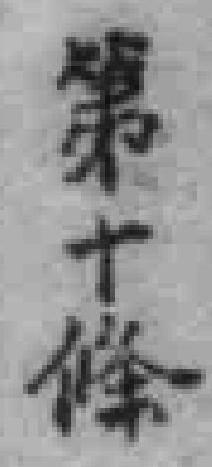
第十條